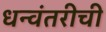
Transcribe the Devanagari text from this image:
धन्वंतरीची